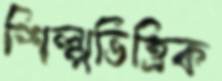
শিল্পভিত্তিক